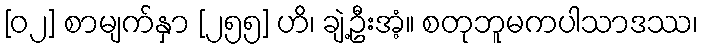
[၀၂] စာမျက်နှာ [၂၅၅] ဟိ၊ ချဲ့ဦးအံ့။ စတုဘူမကပါသာဒဿ၊